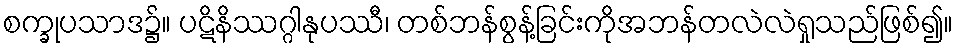
စက္ခုပသာဒ၌။ ပဋိနိဿဂ္ဂါနုပဿီ၊ တစ်ဘန်စွန့်ခြင်းကိုအဘန်တလဲလဲရှုသည်ဖြစ်၍။